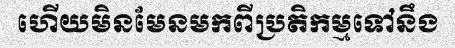
ហើយមិនមែនមកពីប្រតិកម្មទៅនឹង